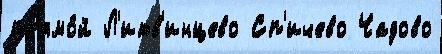
пр'ямо́й Л'итв'инцево Сп'ичево Чадово